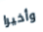
وأخيرا